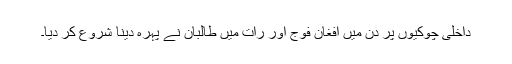
داخلی چوکیوں پر دن میں افغان فوج اور رات میں طالبان نے پہرہ دینا شروع کر دیا۔